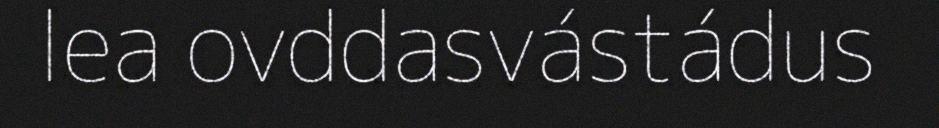
lea ovddasvástádus